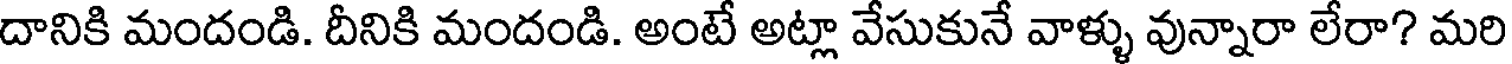
దానికి మందండి. దీనికి మందండి. అంటే అట్లా వేసుకునే వాళ్ళు వున్నారా లేరా? మరి